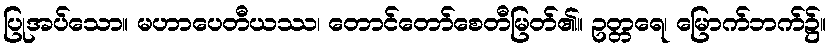
ပြုအပ်သော။ မဟာပေတီယဿ၊ တောင်တော်စေတီမြတ်၏။ ဥတ္တရေ၊ မြောက်ဘက်၌။